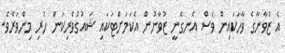
އެ ޒުވާނާގެ ވާހަކައިން ވެސް އެނގެނީ ޒުވާނުން އެކަމަށްޓަކައި ޝައުގުވެރިކަން ހުރި މިންވަރެވެ.